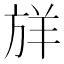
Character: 𪯷